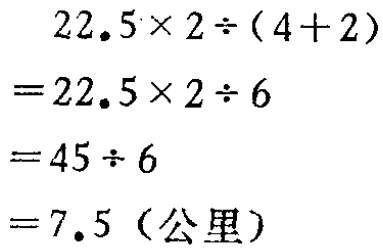
\[

\begin{align*}

&22.5\times 2\div(4 + 2)\\

=&22.5\times 2\div 6\\

=&45\div 6\\

=&7.5 \text{（公里）}

\end{align*}

\]